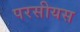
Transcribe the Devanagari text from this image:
परसीयस